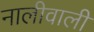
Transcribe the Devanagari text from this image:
नालीवाली